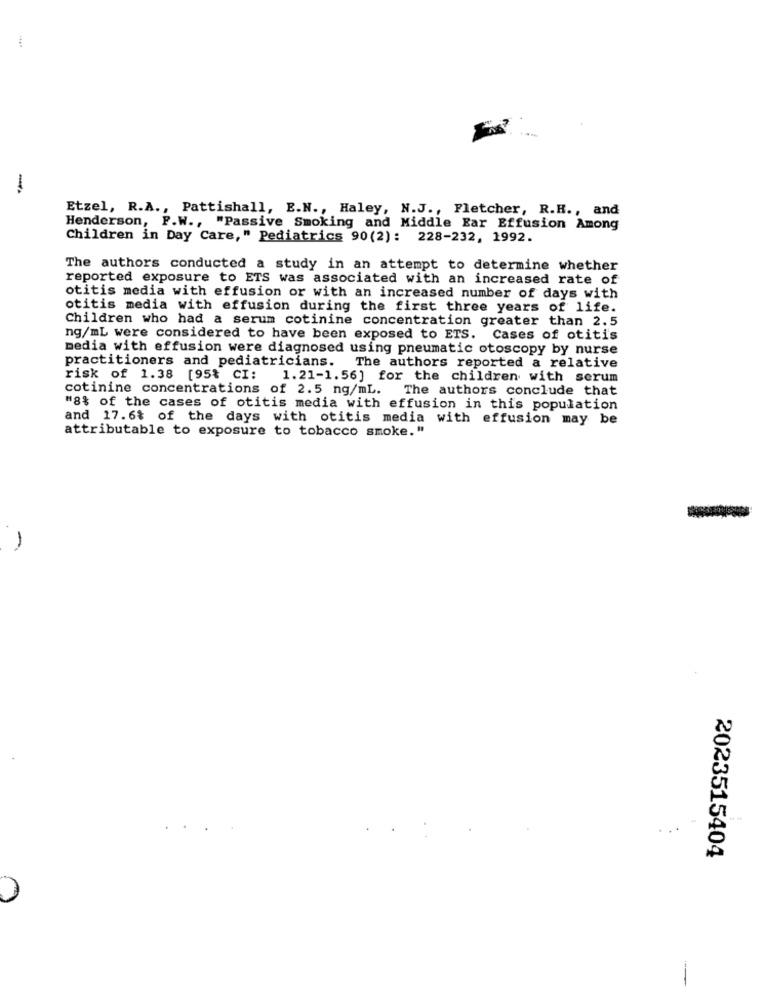
Etzel, R.A ., Pattishall, E.N ., Haley, N.J ., Fletcher, R.R ., and
Henderson, F.W ., "Passive Smoking and Middle Ear Effusion Among
Children in Day Care," Pediatrics 90(2): 228-232, 1992.
The authors conducted a study in an attempt to determine whether
reported exposure to ETS was associated with an increased rate of
otitis media with effusion or with an increased number of days with
otitis media with effusion during the first three years of life.
Children who had a serum cotinine concentration greater than 2.5
ng/mL were considered to have been exposed to ETS. Cases of otitis
media with effusion were diagnosed using pneumatic otoscopy by nurse
practitioners and pediatricians.
The authors reported a relative
risk of 1.38 [95% CI:
1.21-1.56] for the children with serum
cotinine concentrations of 2.5 ng/mL. The authors conclude that
"8% of the cases of otitis media with effusion in this population
and 17.6% of the days with otitis media with effusion may be
attributable to exposure to tobacco smoke."
-
2023515404
-